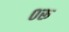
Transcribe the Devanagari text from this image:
०रू